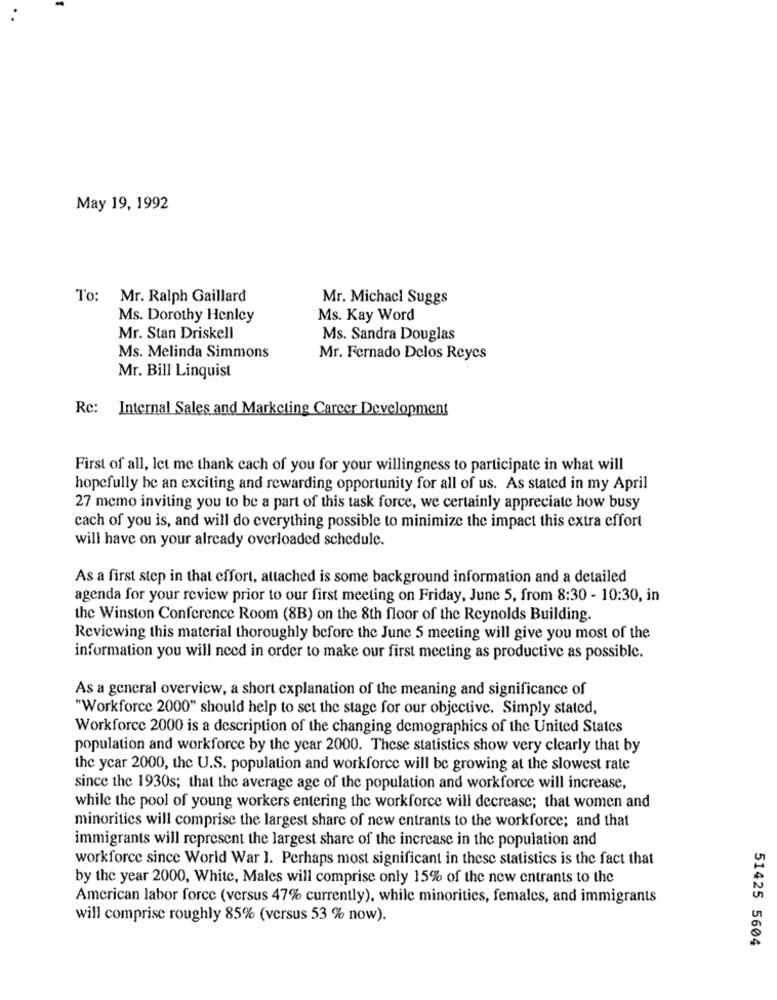
May 19, 1992
To: Mr. Ralph Gaillard
Mr. Michacl Suggs
Ms. Dorothy Henley
Ms. Kay Word
Mr. Stan Driskell
Ms. Sandra Douglas
Ms. Melinda Simmons
Mr. Fernado Delos Reyes
Mr. Bill Linquist
Re: Internal Sales and Marketing Career Development
First of all, let me thank cach of you for your willingness to participate in what will
hopefully he an exciting and rewarding opportunity for all of us. As stated in my April
27 memo inviting you to be a part of this task force, we certainly appreciate how busy
cach of you is, and will do everything possible to minimize the impact this extra effort
will have on your already overloaded schedule.
As a first step in that effort, attached is some background information and a detailed
agenda for your review prior to our first meeting on Friday, June 5, from 8:30 - 10:30, in
the Winston Conference Room (8B) on the 8th floor of the Reynolds Building.
Reviewing this material thoroughly before the June 5 meeting will give you most of the
information you will need in order to make our first meeting as productive as possible.
As a general overview, a short explanation of the meaning and significance of
"Workforce 2000" should help to set the stage for our objective. Simply stated,
Workforce 2000 is a description of the changing demographics of the United States
population and workforce by the year 2000. These statistics show very clearly that by
the year 2000, the U.S. population and workforce will be growing at the slowest rate
since the 1930s; that the average age of the population and workforce will increase,
while the pool of young workers entering the workforce will decrease; that women and
minoritics will comprise the largest share of new entrants to the workforce; and that
immigrants will represent the largest share of the increase in the population and
workforce since World War 1. Perhaps most significant in these statistics is the fact that
by the year 2000, White, Males will comprise only 15% of the new entrants to the
American labor force (versus 47% currently), while minorities, females, and immigrants
will comprise roughly 85% (versus 53 % now).
51425 5604